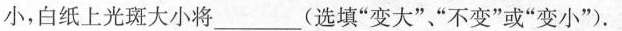
小，白纸上光斑大小将_____(选填”变大””不变”或”变小”).